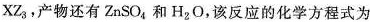
XZ_{3}，产物还有ZnSO_{4}和H_{2}O，该反应的化学方程式为